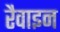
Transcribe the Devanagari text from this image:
रैवाइन